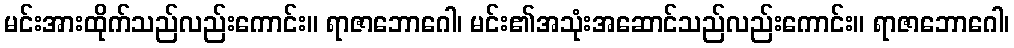
မင်းအားထိုက်သည်လည်းကောင်း။ ရာဇာဘောဂေါ၊ မင်း၏အသုံးအဆောင်သည်လည်းကောင်း။ ရာဇာဘောဂေါ၊